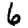
Digit: 6